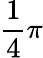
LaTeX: \frac 14\pi